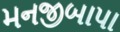
મનજીબાપા